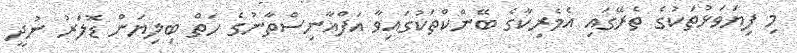
މި ފިޔަވަޅުތަކުގެ ތެރޭގައި އެމެރިކާގެ ބޭންކްތަކުގައިވާ އަފްޣާނިސްތާނުގެ ހަތް ބިލިޔަން ޑޮލަރު ނުދީ